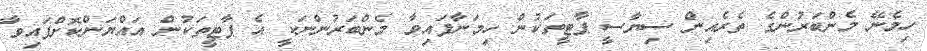
ހިމެނޭ މެންބަރުންގެ ތެރެއިން ސިޔާސީ ޕާޓީތަކުން ހިމަނާފައިވާ މެންބަރުންނަކީ އެ ޕާޓީތަކުން އައްޔަންކޮށްފައިވާ